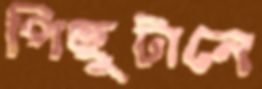
পিছুটানে